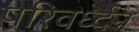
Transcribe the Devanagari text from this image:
परिवर्ध्दन